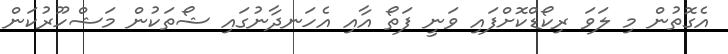
އެގޮތުން މި ލަވަ ރިކޯޑްކޮށްފައި ވަނީ ފަތޯ އާއި އެހަނދާނުގައި ޝޯތަކުން މަޝްހޫރުކަން